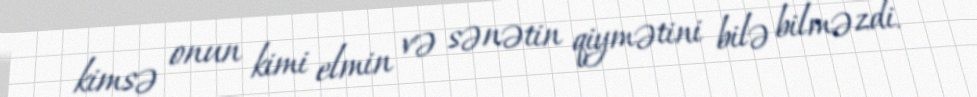
kimsə onun kimi elmin və sənətin qiymətini bilə bilməzdi.